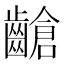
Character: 𪙎